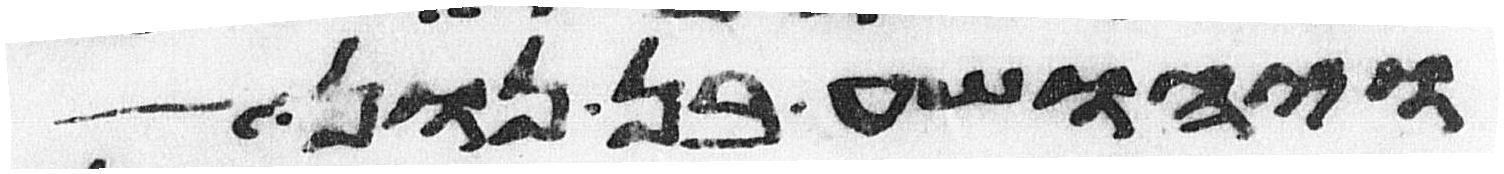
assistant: ויהושע בן נון